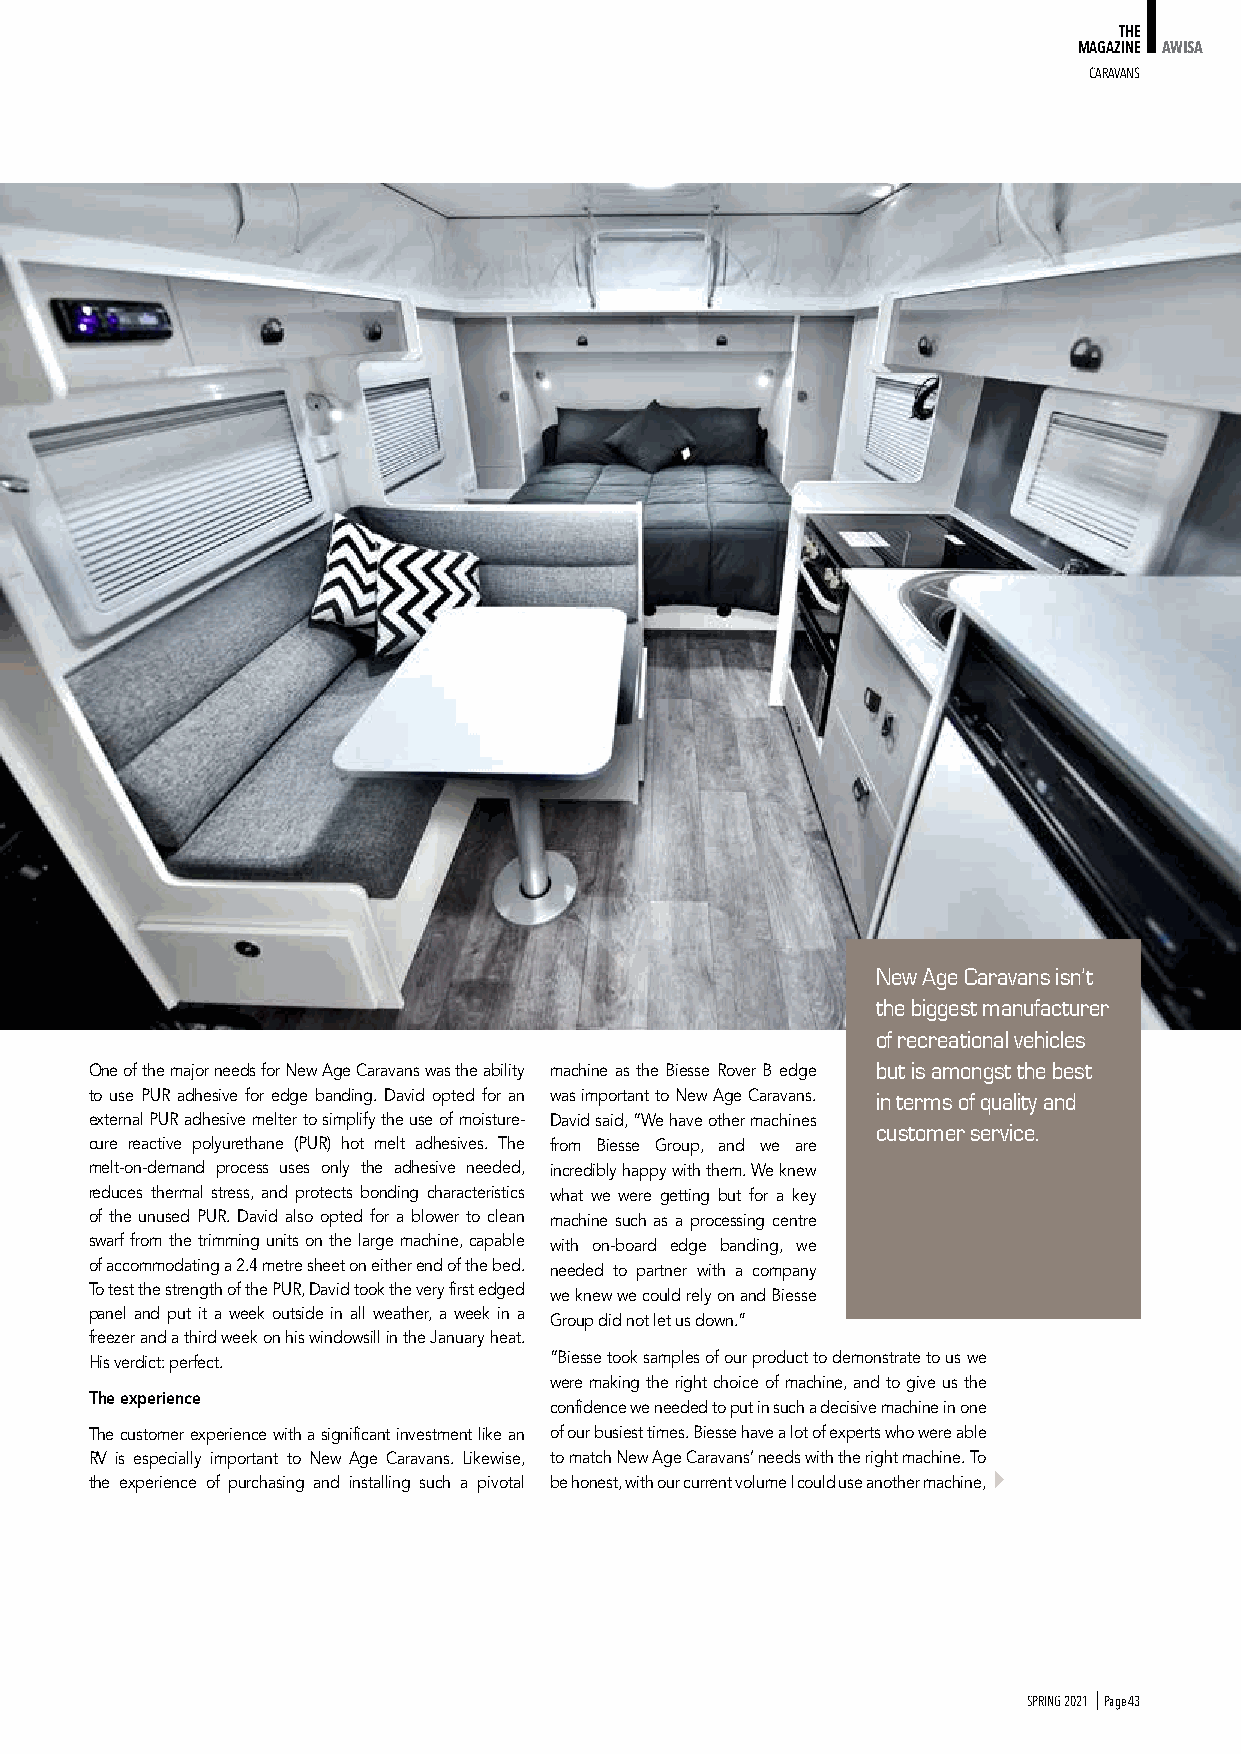
THE
 MAGAZINE AWISA
 cARAvANS
 New Age Caravans isn’t
 the biggest manufacturer
 of recreational vehicles
 One of the major needs for New Age Caravans was the ability machine as the Biesse Rover B edge but is amongst the best
 to use PUR adhesive for edge banding. David opted for an was important to New Age Caravans. in terms of quality and
 external PUR adhesive melter to simplify the use of moisture- David said, “We have other machines
 customer service.
 cure reactive polyurethane (PUR) hot melt adhesives. The from Biesse Group, and we are
 melt-on-demand process uses only the adhesive needed, incredibly happy with them. We knew
 reduces thermal stress, and protects bonding characteristics what we were getting but for a key
 of the unused PUR. David also opted for a blower to clean machine such as a processing centre
 swarf from the trimming units on the large machine, capable with on-board edge banding, we
 of accommodating a 2.4 metre sheet on either end of the bed. needed to partner with a company
 To test the strength of the PUR, David took the very first edged
 we knew we could rely on and Biesse
 panel and put it a week outside in all weather, a week in a
 Group did not let us down.”
 freezer and a third week on his windowsill in the January heat.
 His verdict: perfect.         “Biesse took samples of our product to demonstrate to us we
 were making the right choice of machine, and to give us the
 the experience
 confidence we needed to put in such a decisive machine in one
 The customer experience with a significant investment like an of our busiest times. Biesse have a lot of experts who were able
 RV is especially important to New Age Caravans. Likewise, to match New Age Caravans’ needs with the right machine. To
 the experience of purchasing and installing such a pivotal be honest, with our current volume I could use another machine,
 SPRING 2021 I Page 43